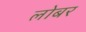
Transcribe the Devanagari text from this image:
लोबर